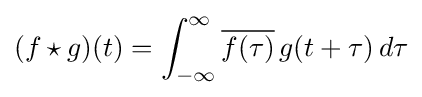
(f\star g)(t)=\int _{-\infty }^{\infty }{\overline {f(\tau )}}\,g(t+\tau )\,d\tau